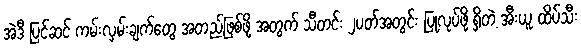
အဲဒီ ပြင်ဆင် ကမ်းလှမ်းချက်တွေ အတည်ဖြစ်ဖို့ အတွက် သီတင်း ၂ပတ်အတွင်း ပြုလုပ်ဖို့ ရှိတဲ့ အီးယူ ထိပ်သီး